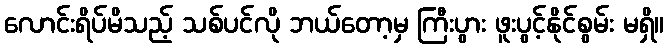
လောင်းရိပ်မိသည့် သစ်ပင်လို ဘယ်တော့မှ ကြီးပွား ဖူးပွင့်နိုင်စွမ်း မရှိ။